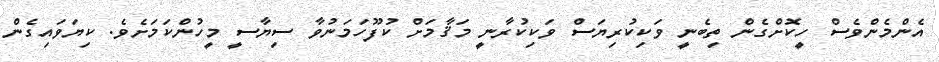
އެންމެންވެސް ހީކޮށްގެން ތިބެނީ ވަކިކުރިޔަސް ވަކިކުރާނީ މަޤާމަށް ކުފޫހަމަނުވާ ސިޔާސީ މީހުންކަމަށެވެ. ކިޔަވައިގެން